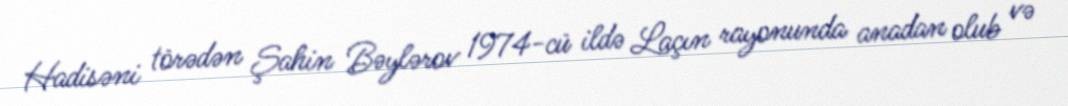
Hadisəni törədən Şahin Bəylərov 1974-cü ildə Laçın rayonunda anadan olub və